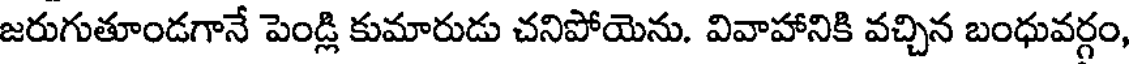
జరుగుతూండగానే పెండ్లి కుమారుడు చనిపోయెను. వివాహానికి వచ్చిన బంధువర్గం,